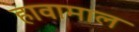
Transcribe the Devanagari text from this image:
हावामाल